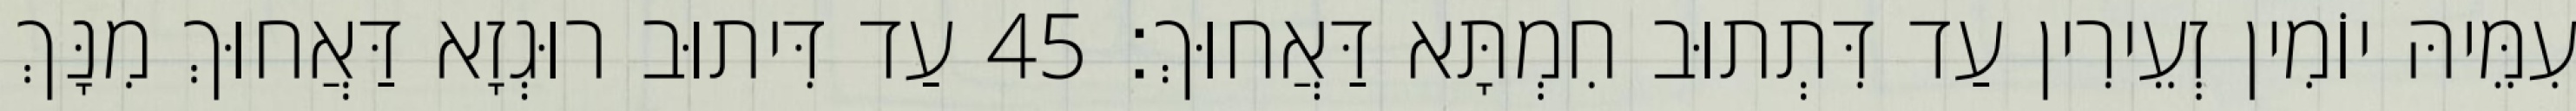
עִמֵּיהּ יוֹמִין זְעֵירִין עַד דִּתְתוּב חִמְתָּא דַּאֲחוּךְ׃ 45 עַד דִּיתוּב רוּגְזָא דַּאֲחוּךְ מִנָּךְ